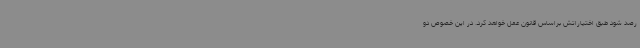
رصد شود طبق اختیاراتش براساس قانون عمل‌ خواهد کرد. در این خصوص دو